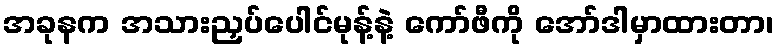
အခုနက အသားညှပ်ပေါင်မုန့်နဲ့ ကော်ဖီကို အော်ဒါမှာထားတာ၊